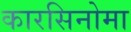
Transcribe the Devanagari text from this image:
कारसिनोमा